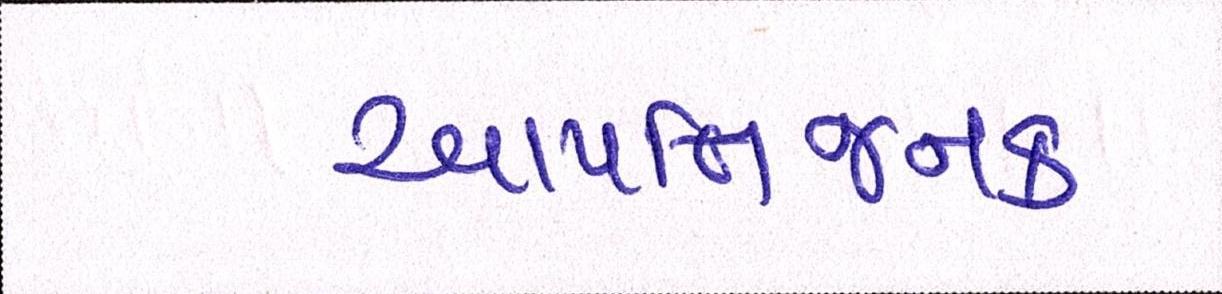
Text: આપત્તિજનક